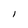
Character: l